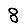
Digit: 8